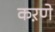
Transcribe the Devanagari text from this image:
कऱणे